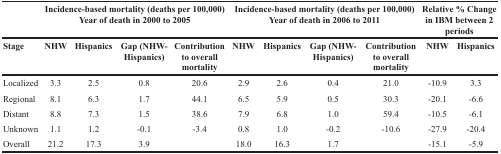
<table><thead><tr><td></td><td colspan="4"><b>Incidence-based mortality (deaths per 100,000)Year of death in 2000 to 2005</b></td><td colspan="4"><b>Incidence-based mortality (deaths per 100,000)Year of death in 2006 to 2011</b></td><td colspan="2"><b>Relative % Change in IBM between 2 periods</b></td></tr><tr><td><b>Stage</b></td><td><b>NHW</b></td><td><b>Hispanics</b></td><td><b>Gap (NHW-Hispanics)</b></td><td><b>Contribution to overall mortality</b></td><td><b>NHW</b></td><td><b>Hispanics</b></td><td><b>Gap (NHW-Hispanics)</b></td><td><b>Contribution to overall mortality</b></td><td><b>NHW</b></td><td><b>Hispanics</b></td></tr></thead><tbody><tr><td>Localized</td><td>3.3</td><td>2.5</td><td>0.8</td><td>20.6</td><td>2.9</td><td>2.6</td><td>0.4</td><td>21.0</td><td>-10.9</td><td>3.3</td></tr><tr><td>Regional</td><td>8.1</td><td>6.3</td><td>1.7</td><td>44.1</td><td>6.5</td><td>5.9</td><td>0.5</td><td>30.3</td><td>-20.1</td><td>-6.6</td></tr><tr><td>Distant</td><td>8.8</td><td>7.3</td><td>1.5</td><td>38.6</td><td>7.9</td><td>6.8</td><td>1.0</td><td>59.4</td><td>-10.5</td><td>-6.1</td></tr><tr><td>Unknown</td><td>1.1</td><td>1.2</td><td>-0.1</td><td>-3.4</td><td>0.8</td><td>1.0</td><td>-0.2</td><td>-10.6</td><td>-27.9</td><td>-20.4</td></tr><tr><td>Overall</td><td>21.2</td><td>17.3</td><td>3.9</td><td></td><td>18.0</td><td>16.3</td><td>1.7</td><td></td><td>-15.1</td><td>-5.9</td></tr></tbody></table>